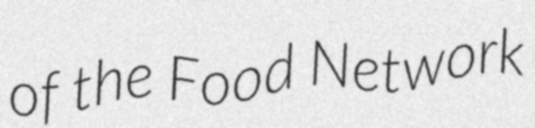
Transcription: of the Food Network